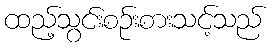
ထည့်သွင်းစဉ်းစားသင့်သည်